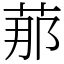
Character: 𦰡